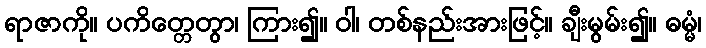
ရာဇာကို။ ပကိတ္တေတွာ၊ ကြား၍။ ဝါ၊ တစ်နည်းအားဖြင့်။ ချီးမွမ်း၍။ ဓမ္မံ၊